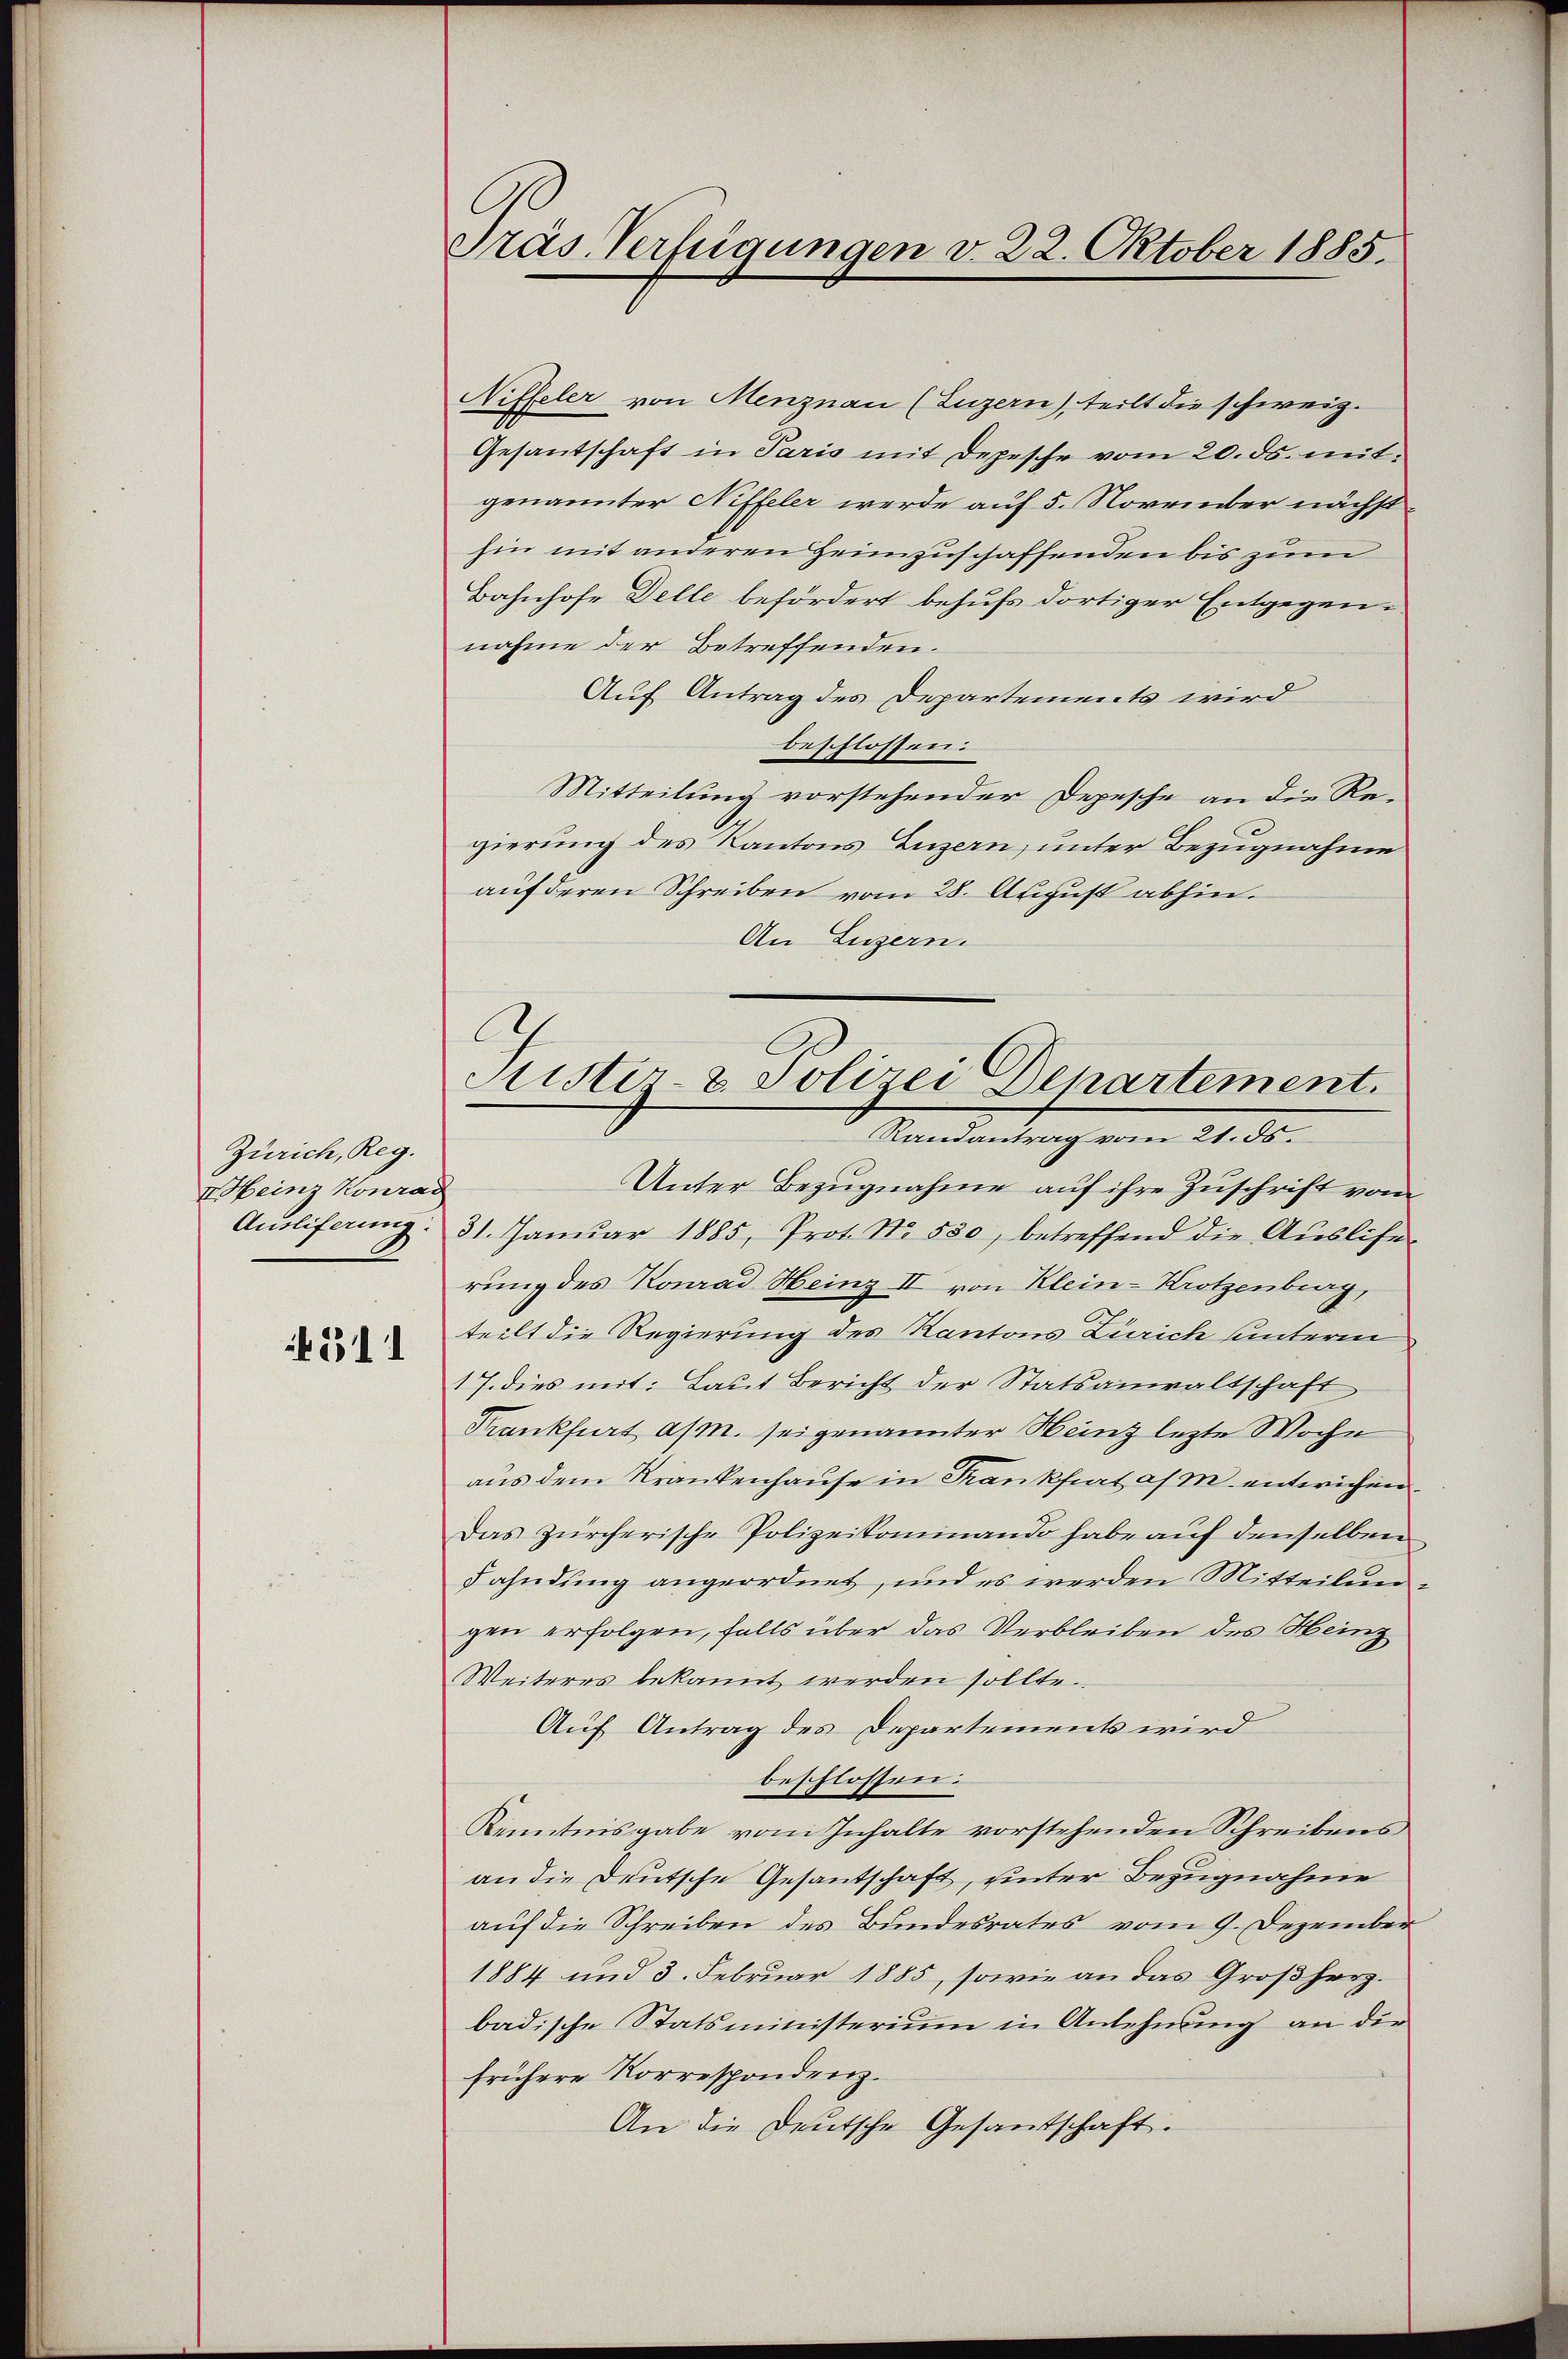
Zürich, Reg.
M. Heinz Konrad
Ausliferung.

4311

Präs. Verfügungen v. 22. Oktober 1885.

Niffeler von Menznau (Luzern), teilt die schweiz.
Gesantschaft in Paris mit Depesche vom 20. ds. mitgenannter Niffeler werde auf 5. November nächsthin mit anderen Heimzuschaffenden bis zum
Bahnhofe Delle befördert behufs dortiger Entgegen-
nahme der Betreffenden.
Auf Antrag des Departements wird
beschlossen:
Mitteilung vorstehender Depesche an die Re-
gierung des Kantons Luzern, unter Bezugnahme
auf deren Schreiben vom 28. August abhin.
An Luzern.
Unter Bezugnahme auf ihre Zuschrift vom
31. Janŭar 1885, Prot. No. 550, betreffend die Aŭslise
rung des Konrad Heinz II von Klein-Krotzenberg,
teilt die Regierung des Kantons Zürich untere
17. dies mit: Laut Bericht der Statsanwaltschaft
Krankfurt a/m. sei genannter Heinz lezte Woche
aus dem Krankenhause in Frankfurt a/m. entwichen.
Das Zürcherische Polizeikominando habe auf denselben
Fahndung angeordnet, und es werden Mitteilun
gen erfolgen, falls über das Verbleiben des Heinz
Weiteres bekannt werden sollte.
Auf Antrag des Departements wird
beschlossen:
Kenntnisgabe vom Inhalte vorstehenden Schreibens
an die Deutsche Gesantschaft, unter Bezugnahme
auf die Schreiben des Bundesrates vom 9. Dezember
1884 und 3. Februar 1885, sowie an das Großherz.
badische Statsministerium in Anlehnung an die
frühere Korrespondenz.
An die Deutsche Gesandschaft.

Justiz- & Polizei Departement.
Randantrag vom 21. ds.